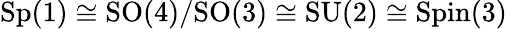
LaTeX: \mathrm{Sp}(1)\cong\mathrm{SO}(4)/\mathrm{SO}(3)\cong\mathrm{SU}(2)\cong\mathrm{Spin}(3)